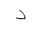
Letter: _dal